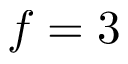
f = 3